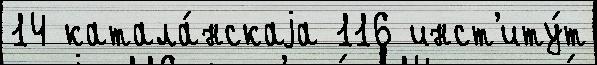
14 катала́нскаjа 116 инст'иту́т